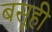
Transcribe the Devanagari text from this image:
बसूही